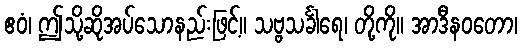
ဧဝံ၊ ဤသို့ဆိုအပ်သောနည်းဖြင့်။ သဗ္ဗသင်္ခါရေ၊ တို့ကို။ အာဒီနဝတော၊